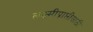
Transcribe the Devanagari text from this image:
लक्ष्मीप्राप्तीसाठी